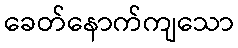
ခေတ်နောက်ကျသော